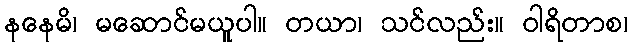
နနေမိ၊ မဆောင်မယူပါ။ တယာ၊ သင်လည်း။ ဝါရိတာစ၊